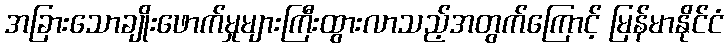
အခြားသောချိုးဖောက်မှုများကြီးထွားလာသည့်အတွက်ကြောင့် မြန်မာနိုင်ငံ